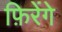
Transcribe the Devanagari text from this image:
फ़िरेंगे